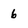
Character: 6